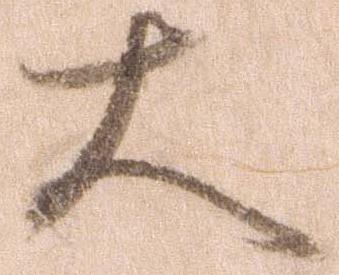
大